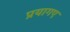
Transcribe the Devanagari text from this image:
प्रयागए